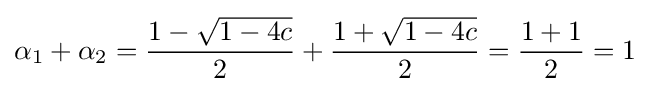
\alpha _{1}+\alpha _{2}={\frac {1-{\sqrt {1-4c}}}{2}}+{\frac {1+{\sqrt {1-4c}}}{2}}={\frac {1+1}{2}}=1